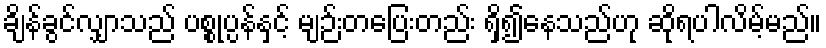
ချိန်ခွင်လျှာသည် ပစ္စုပ္ပန်နှင့် မျဉ်းတပြေးတည်း ရှိ၍နေသည်ဟု ဆိုရပါလိမ့်မည်။